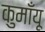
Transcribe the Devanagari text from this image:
कुमाँयू